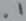
Text: .1